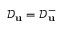
\mathcal { D } _ { \mathbf { u } } = \mathcal { D } _ { \mathbf { u } } ^ { - }